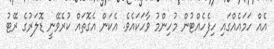
އެއް ހަމައެއްގައި ހިފެހެއްޓުން މުހިންމު ވާހަކައެވެ. އެކަން އެގޮތައް ކުރެވޭނީ ޑޮލަރުގެ ރޭޓު